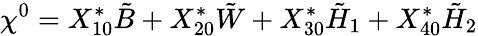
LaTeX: \chi^{0}=X_{10}^{*}\tilde{B}+X_{20}^{*}\tilde{W}+X_{30}^{*}\tilde{H}_{1}+X_{40}^{*}\tilde{H}_{2}